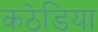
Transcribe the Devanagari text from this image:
कठेडिया